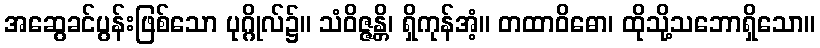
အဆွေခင်ပွန်းဖြစ်သော ပုဂ္ဂိုလ်၌။ သံဝိဇ္ဇန္တိ၊ ရှိကုန်အံ့။ တထာဝိဓော၊ ထိုသို့သဘောရှိသော။